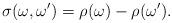
LaTeX: \begin{align*}\sigma(\omega,\omega^\prime)=\rho(\omega)-\rho(\omega^\prime). \end{align*}